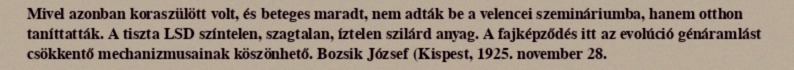
Mivel azonban koraszülött volt, és beteges maradt, nem adták be a velencei szemináriumba, hanem otthon taníttatták. A tiszta LSD színtelen, szagtalan, íztelen szilárd anyag. A fajképződés itt az evolúció génáramlást csökkentő mechanizmusainak köszönhető. Bozsik József (Kispest, 1925. november 28.